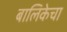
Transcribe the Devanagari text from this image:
बालिकेचा